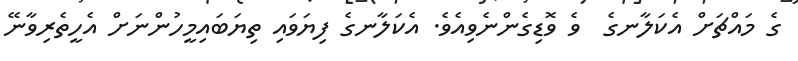
ގެ މައްޗަށް އެކަލާނގެ  ވެ ވޮޑިގެންނެވިއެވެ. އެކަލާނގެ ފިޔަވައި ތިޔަބައިމީހުންނަށް އެހީތެރިވާނޭ